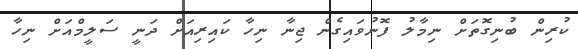
ކުރިން ބުނިގޮތަށް ނިމާލު ފޮނުވައިގެން ޖިނާ ނިހާ ކައިރިއަށް ދަނީ ސަލީމްއަށް ނިހާ